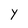
Character: y